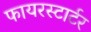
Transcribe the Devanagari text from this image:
फायरस्टार्टर